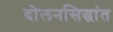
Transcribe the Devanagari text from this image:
दोलनसिद्धांत